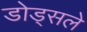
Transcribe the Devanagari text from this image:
डोड्सले